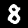
Label: 8